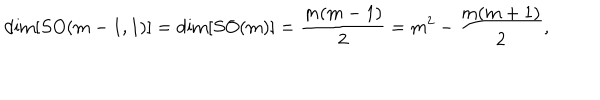
\mathrm { d i m } [ S O ( m - 1 , 1 ) ] = \mathrm { d i m } [ S O ( m ) ] = \frac { m ( m - 1 ) } { 2 } = m ^ { 2 } - \frac { m ( m + 1 ) } { 2 } ,